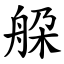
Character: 䑮